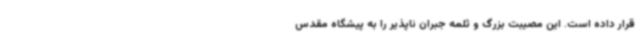
قرار داده است. این مصیبت بزرگ و ثلمه جبران ناپذیر را به پیشگاه مقدس